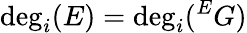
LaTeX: \deg_{i}(E)=\deg_{i}({}^{E}G)